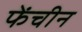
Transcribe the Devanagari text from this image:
फेंचीन